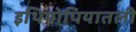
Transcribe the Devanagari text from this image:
इथियोपियातली